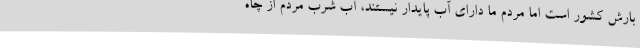
بارش کشور است اما مردم ما دارای آب پایدار نیستند، آب شرب مردم از چاه